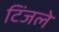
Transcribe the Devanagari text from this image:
टिंजले